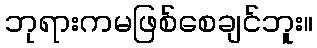
ဘုရားကမဖြစ်စေချင်ဘူး။